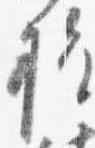
権